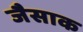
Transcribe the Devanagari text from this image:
जैसाक